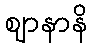
ဈာနာနိ